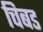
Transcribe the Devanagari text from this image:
चिबड